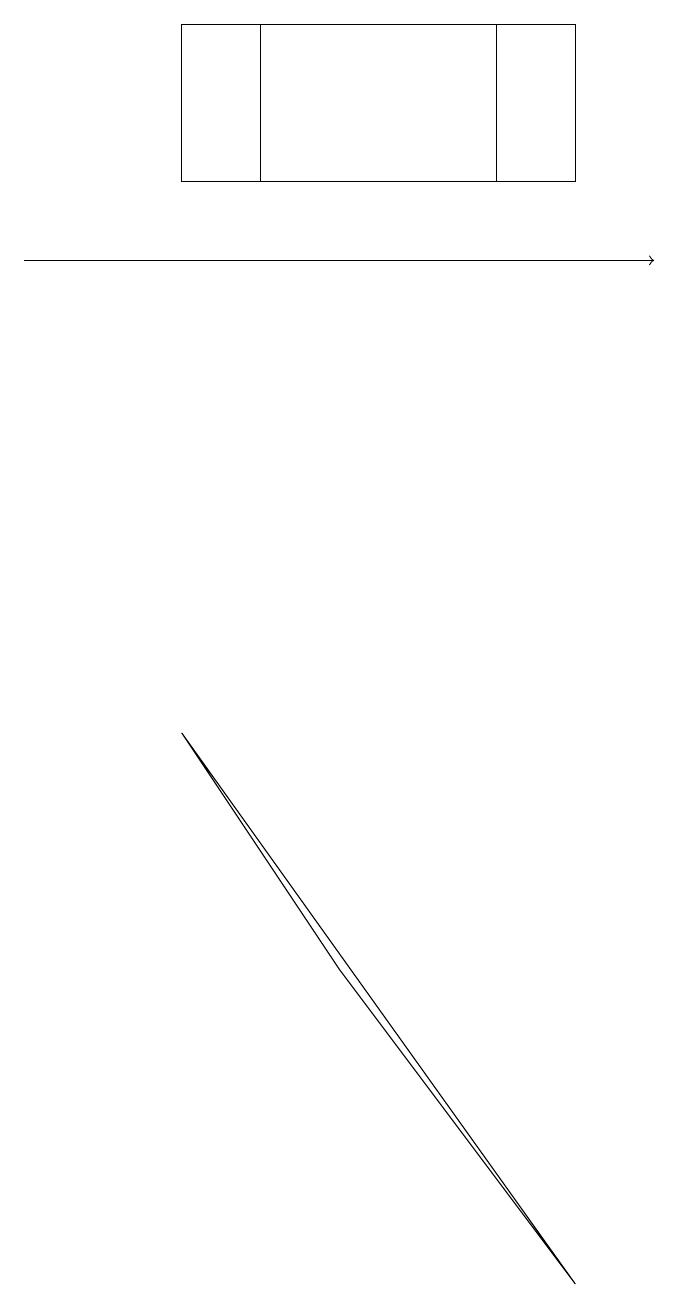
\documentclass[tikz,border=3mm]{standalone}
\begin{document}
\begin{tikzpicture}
\draw (7,18) rectangle (3,16);
\draw (2,18) rectangle (6,16);
\draw[->] (0,15) -- (8,15);
\draw (4,6) -- (2,9) -- (7,2) -- cycle;
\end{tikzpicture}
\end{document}